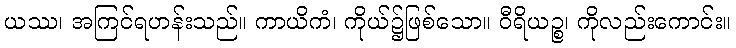
ယဿ၊ အကြင်ရဟန်းသည်။ ကာယိကံ၊ ကိုယ်၌ဖြစ်သော။ ဝီရိယဉ္စ၊ ကိုလည်းကောင်း။